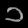
Digit: ၁